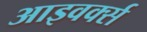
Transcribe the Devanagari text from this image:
आइवर्क्स